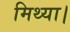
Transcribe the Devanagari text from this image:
मिथ्या।